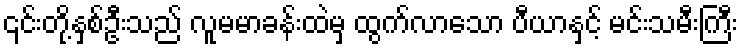
၎င်းတို့နှစ်ဦးသည် လူမမာခန်းထဲမှ ထွက်လာသော ပီယာနှင့် မင်းသမီးကြီး